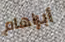
أبراهام